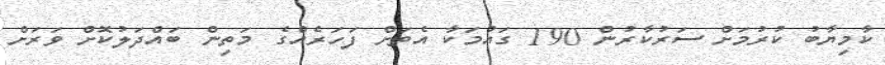
ކާމިޔާބު ކުރުމަށް ސަރުކާރުން 190 ގައުމަކާ އެތަށް ފަހަރެއްގެ މަތިން ބައްދަލުކޮށް ވަރަށް